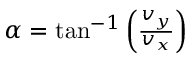
\begin{array} { r } { \alpha = \tan ^ { - 1 } \left( \frac { v _ { y } } { v _ { x } } \right) } \end{array}